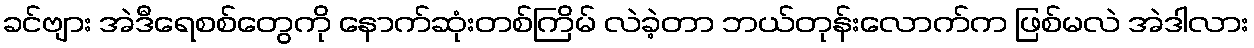
ခင်ဗျား အဲဒီရေစစ်တွေကို နောက်ဆုံးတစ်ကြိမ် လဲခဲ့တာ ဘယ်တုန်းလောက်က ဖြစ်မလဲ အဲဒါလား